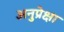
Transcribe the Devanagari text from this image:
अनुप्रेक्षा